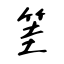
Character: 筀